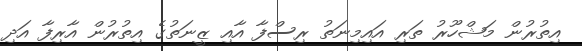
އިތުރުން މަޝްހޫރު ތަރި އައިމިނަތު ރިސްފާ އާއި ޒީނަތުގެ އިތުރުން އާރިފާ އަދި